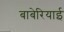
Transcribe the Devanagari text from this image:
बाबेरियाई